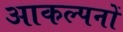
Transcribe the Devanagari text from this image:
आकल्पनों